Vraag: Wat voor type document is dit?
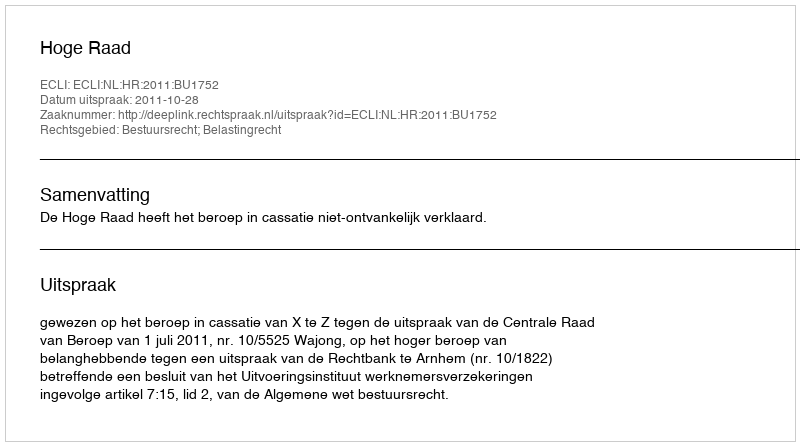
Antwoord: Uitspraak